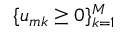
\{ u _ { m k } \ge 0 \} _ { k = 1 } ^ { M }